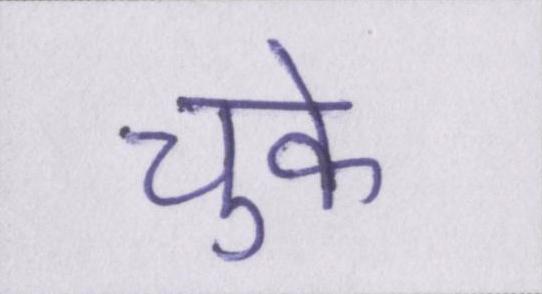
चुके